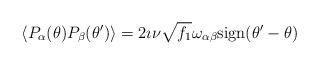
LaTeX: \begin{align*}\left \langle P_{\alpha}(\theta) P_{\beta}(\theta') \right \rangle =2\imath \nu\sqrt{f_1} \omega_{\alpha \beta} {\rm sign}(\theta'-\theta)\end{align*}